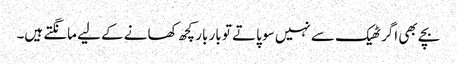
بچے بھی اگر ٹھیک سے نہیں سو پاتے تو بار بار کچھ کھانے کے لیے مانگتے ہیں۔